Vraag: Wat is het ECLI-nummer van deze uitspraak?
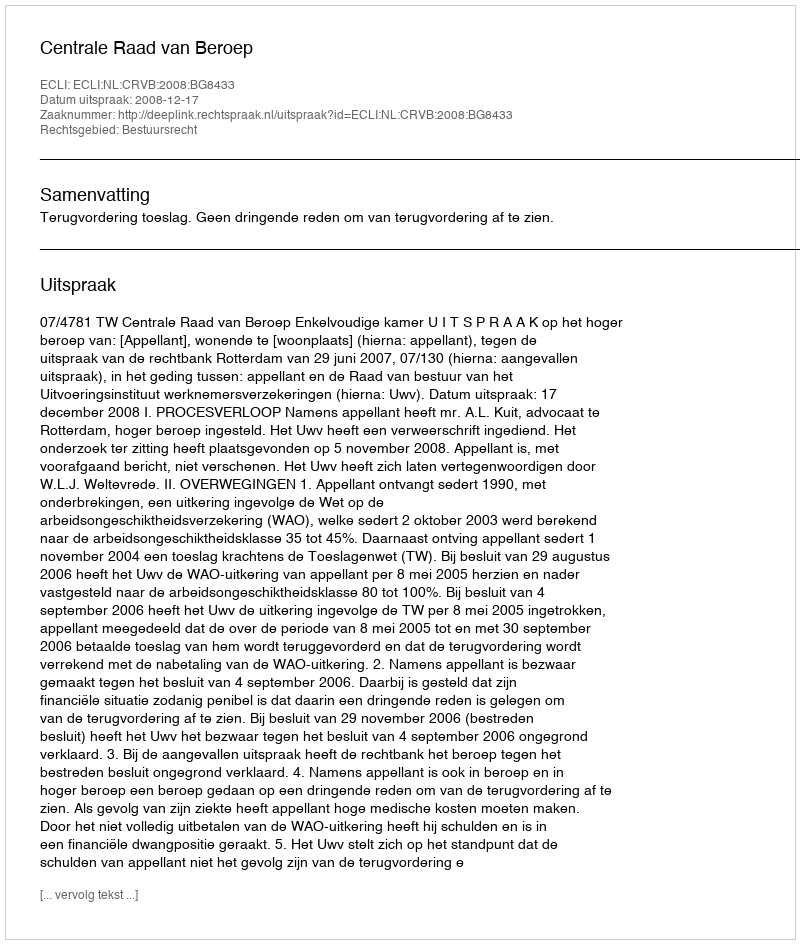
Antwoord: ECLI:NL:CRVB:2008:BG8433